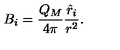
B _ { i } = { \frac { Q _ { M } } { 4 \pi } } { \frac { { \hat { r } } _ { i } } { r ^ { 2 } } } .